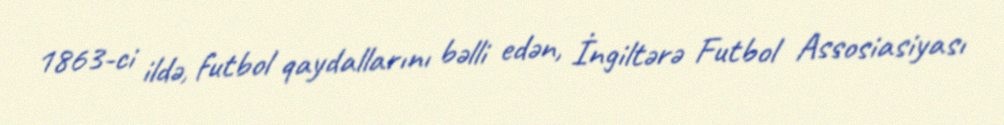
1863-ci ildə, futbol qaydallarını bəlli edən, İngiltərə Futbol Assosiasiyası